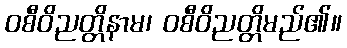
ဝစီဝိညတ္တိနာမ၊ ဝစီဝိညတ္တိမည်၏။